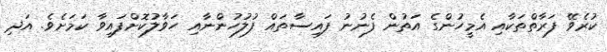
ކުރެވޭ ފަރާތްތަކާއި އެމީހުންގެ އަތުން ފެނުނު ފައިސާތައް ފުލުހުންނާއި ހަވާލުކޮށްފައިވާ ކަމަށެވެ. އަދި